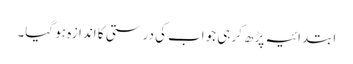
ابتدائیہ پڑھ کر ہی جواب کی درستی کا اندازہ ہو گیا۔